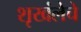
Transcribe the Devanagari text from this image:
शृखंलेचे